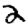
Digit: 2